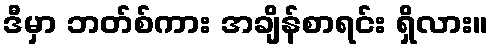
ဒီမှာ ဘတ်စ်ကား အချိန်စာရင်း ရှိလား။